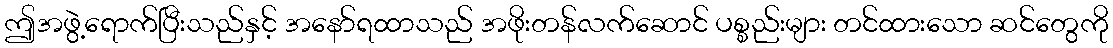
ဤအဖွဲ့ရောက်ပြီးသည်နှင့် အနော်ရထာသည် အဖိုးတန်လက်ဆောင် ပစ္စည်းများ တင်ထားသော ဆင်တွေကို